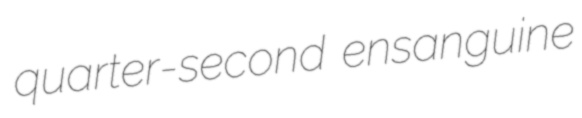
quarter-second ensanguine